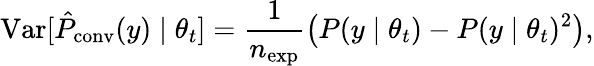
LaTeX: \mathrm{\mathop{Var}}[\hat{P}_{\mathrm{conv}}(y)\mid\theta_{t}]=\frac{1}{n_{\mathrm{exp}}}\left(P(y\mid\theta_{t})-P(y\mid\theta_{t})^{2}\right),